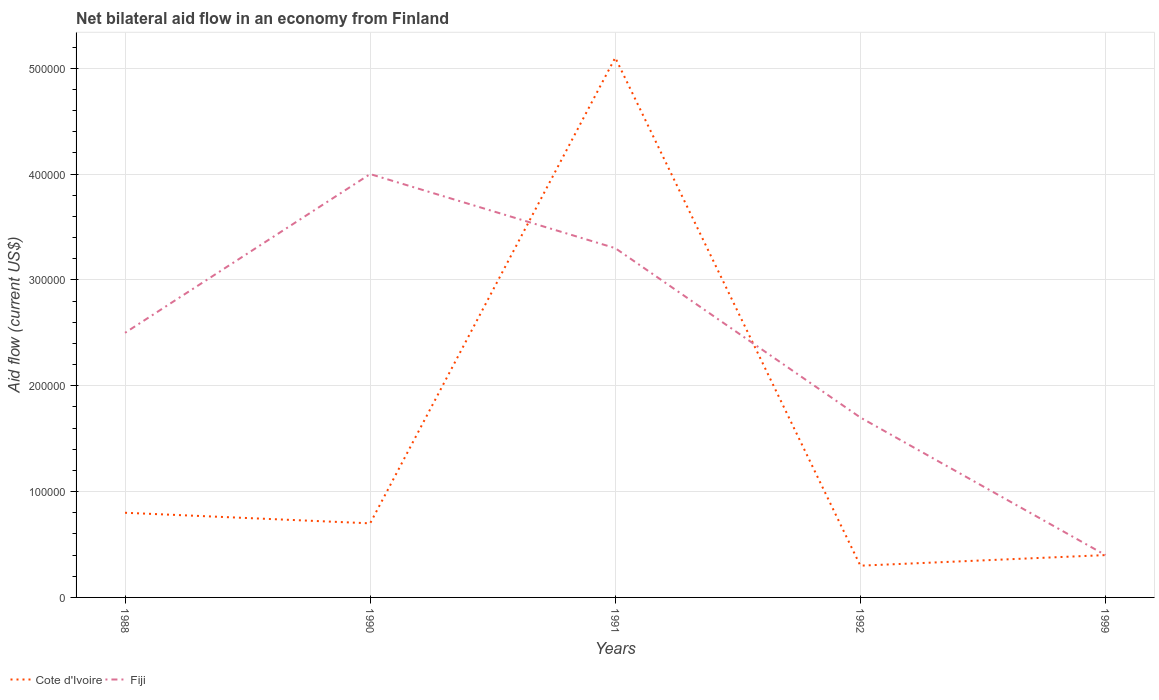
| Years | Cote d'Ivoire | Fiji |
 | --- | --- | --- |
 | 1988 | 8e+04 | 2.5e+05 |
 | 1990 | 7e+04 | 4e+05 |
 | 1991 | 5.1e+05 | 3.3e+05 |
 | 1992 | 3e+04 | 1.7e+05 |
 | 1999 | 4e+04 | 4e+04 |